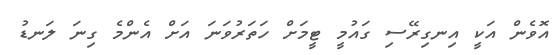
އޮވެން އަކީ އިނގިރޭސި ގައުމީ ޓީމަށް ހަތަރުވަނަ އަށް އެންމެ ގިނަ ލަނޑު